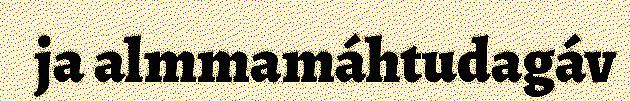
ja almmamáhtudagáv